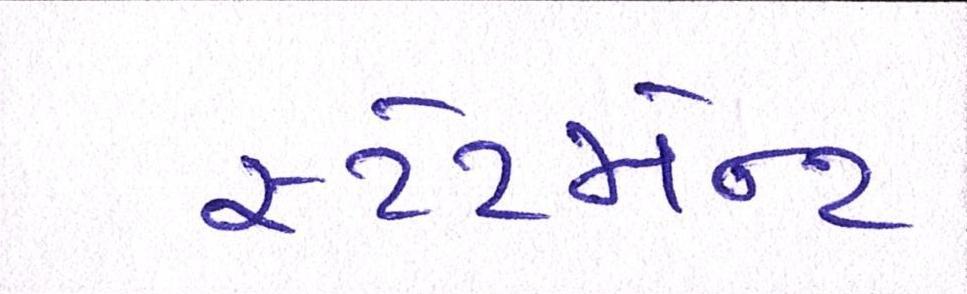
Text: સ્ટેટમેન્ટ